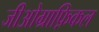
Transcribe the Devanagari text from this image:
जीओग्राफ़िकल